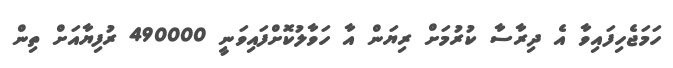
ހަމަޖެހިފައިވާ އެ ދިރާސާ ކުރުމަށް ރިޔަން އާ ހަވާލުކޮށްފައިވަނީ 490000 ރުފިޔާއަަށް ތިން